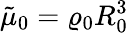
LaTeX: \tilde{\mu}_{0}=\varrho_{0}R_{0}^{3}